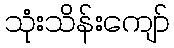
သုံးသိန်းကျော်